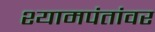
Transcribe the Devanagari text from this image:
श्यामपंतांवर